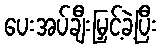
ပေးအပ်ချီးမြှင့်ခဲ့ပြီး